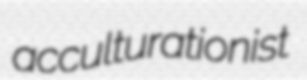
acculturationist